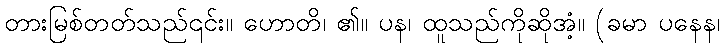
တားမြစ်တတ်သည်၎င်း။ ဟောတိ၊ ၏။ ပန၊ ထူသည်ကိုဆိုအံ့။ (ခမာ ပနေန၊